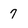
Character: 7